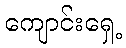
ကျောင်းရှေ့